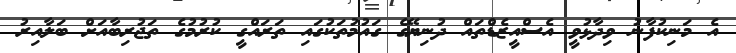
އެ މަނިކުފާނު ވިދާޅުވީ އެސްއީޒެޑްތައް ދުނިޔޭގެ ގައުމުތަކުގައި ތަރައްގީ ކުރުމުގެ ތަޖުރިބާއަށް ބަލާއިރު